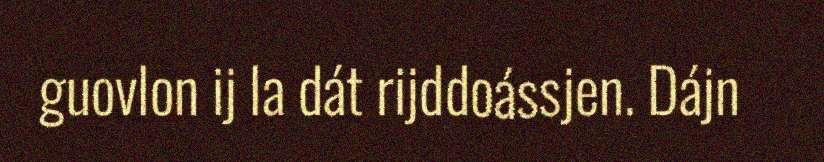
guovlon ij la dát rijddoássjen. Dájn